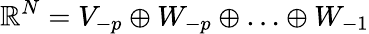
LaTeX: \mathbb{R}^{N}=V_{-p}\oplus W_{-p}\oplus\ldots\oplus W_{-1}